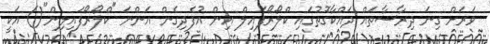
ވަރަށް ގިނަ ދިރާސާތައް ދައްކާގޮތުގައި ކްލޯރޯފައިލް އިން އުފެދިގެން އަންނަ "ކްލޯރޯފައިލިން"() އަކީ